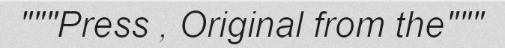
"""Press , Original from the"""